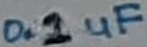
Text: 0.1uF